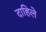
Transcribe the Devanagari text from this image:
दाहिले